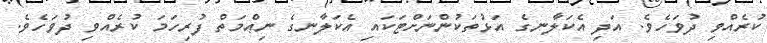
ކުރެއްވި ދުވަހެވެ. އަދި އެކަލާނގެ އަޅުތަކުންނަށްޓަކައި އެކަލާނގެ ނިޢްމަތް ފުރިހަމަ ކުރެއްވި ދުވަހެވެ.